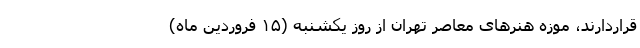
قراردارند، موزه هنرهای معاصر تهران از روز یکشنبه (۱۵ فروردین ماه)